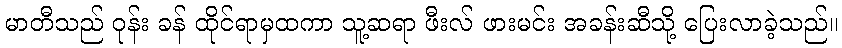
မာတီသည် ဝုန်း ခန် ထိုင်ရာမှထကာ သူ့ဆရာ ဖီးလ် ဖားမင်း အခန်းဆီသို့ ပြေးလာခဲ့သည်။